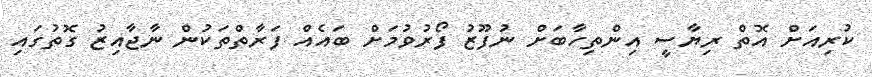
ކުރިއަށް އޮތް ރިޔާސީ އިންތިހާބަށް ނުފޫޒު ފޯރުވުމަށް ބައެއް ފަރާތްތަކުން ނާޖާއިޒު ގޮތުގައި